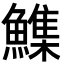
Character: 𮬏